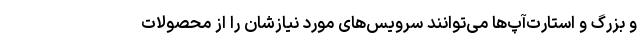
و بزرگ و استارت‌آپ‌ها می‌توانند سرویس‌های مورد نیازشان را از محصولات